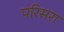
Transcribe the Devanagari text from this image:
परिसरा